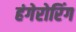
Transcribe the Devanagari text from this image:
हंगेरोरिंग